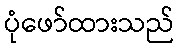
ပုံဖော်ထားသည်